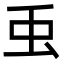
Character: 䖝